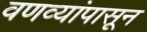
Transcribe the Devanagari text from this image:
वणव्यांपासून